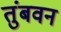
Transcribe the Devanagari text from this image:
तुंबवन